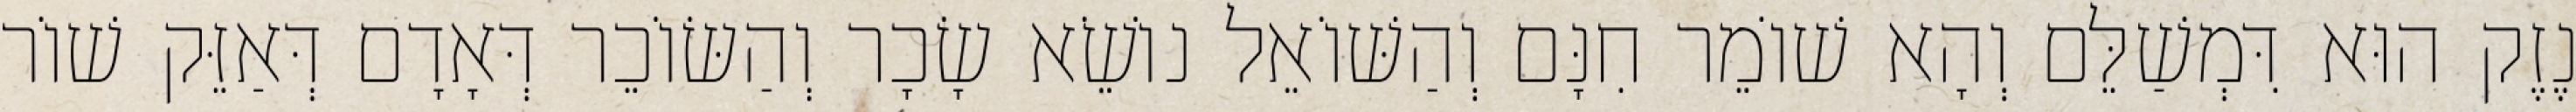
נֶזֶק הוּא דִּמְשַׁלֵּם וְהָא שׁוֹמֵר חִנָּם וְהַשּׁוֹאֵל נוֹשֵׂא שָׂכָר וְהַשּׂוֹכֵר דְּאָדָם דְּאַזֵּק שׁוֹר